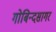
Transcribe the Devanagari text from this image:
गोबिन्‍दसागर